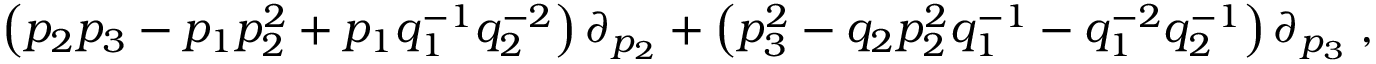
\left( p _ { 2 } p _ { 3 } - p _ { 1 } p _ { 2 } ^ { 2 } + p _ { 1 } q _ { 1 } ^ { - 1 } q _ { 2 } ^ { - 2 } \right) \partial _ { p _ { 2 } } + \left( p _ { 3 } ^ { 2 } - q _ { 2 } p _ { 2 } ^ { 2 } q _ { 1 } ^ { - 1 } - q _ { 1 } ^ { - 2 } q _ { 2 } ^ { - 1 } \right) \partial _ { p _ { 3 } } \; ,